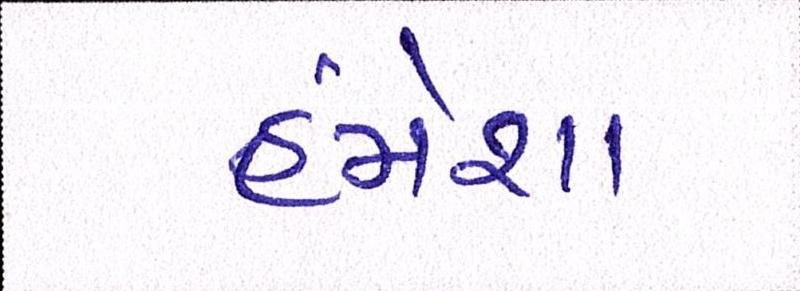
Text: હંમેશા